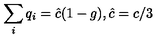
\sum _ { i } q _ { i } = { \hat { c } } ( 1 - g ) , { \hat { c } } = c / 3